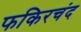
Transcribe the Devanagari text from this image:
फकिरचंद